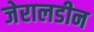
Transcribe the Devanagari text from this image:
जेरालडीन